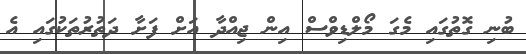
ބުނި ގޮތުގައި މެގަ މޯލްޑިވްސް އިން ޖިއްދާ އަށް ފަށާ ދަތުރުތަކުގައި އެ